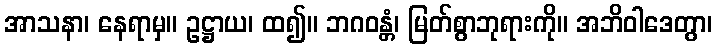
အာသနာ၊ နေရာမှ။ ဥဋ္ဌာယ၊ ထ၍။ ဘဂဝန္တံ၊ မြတ်စွာဘုရားကို။ အဘိဝါဒေတွာ၊